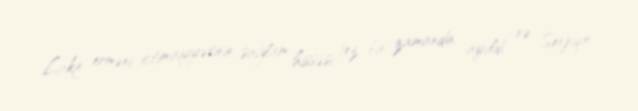
Lakin erməni ictimaiyyətinin sağlam hissəsi tez bir zamanda ayıldı və Serjiqin